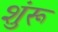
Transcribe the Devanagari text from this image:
शुंरू